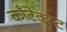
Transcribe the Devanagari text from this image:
कॉंटेक्स्ट